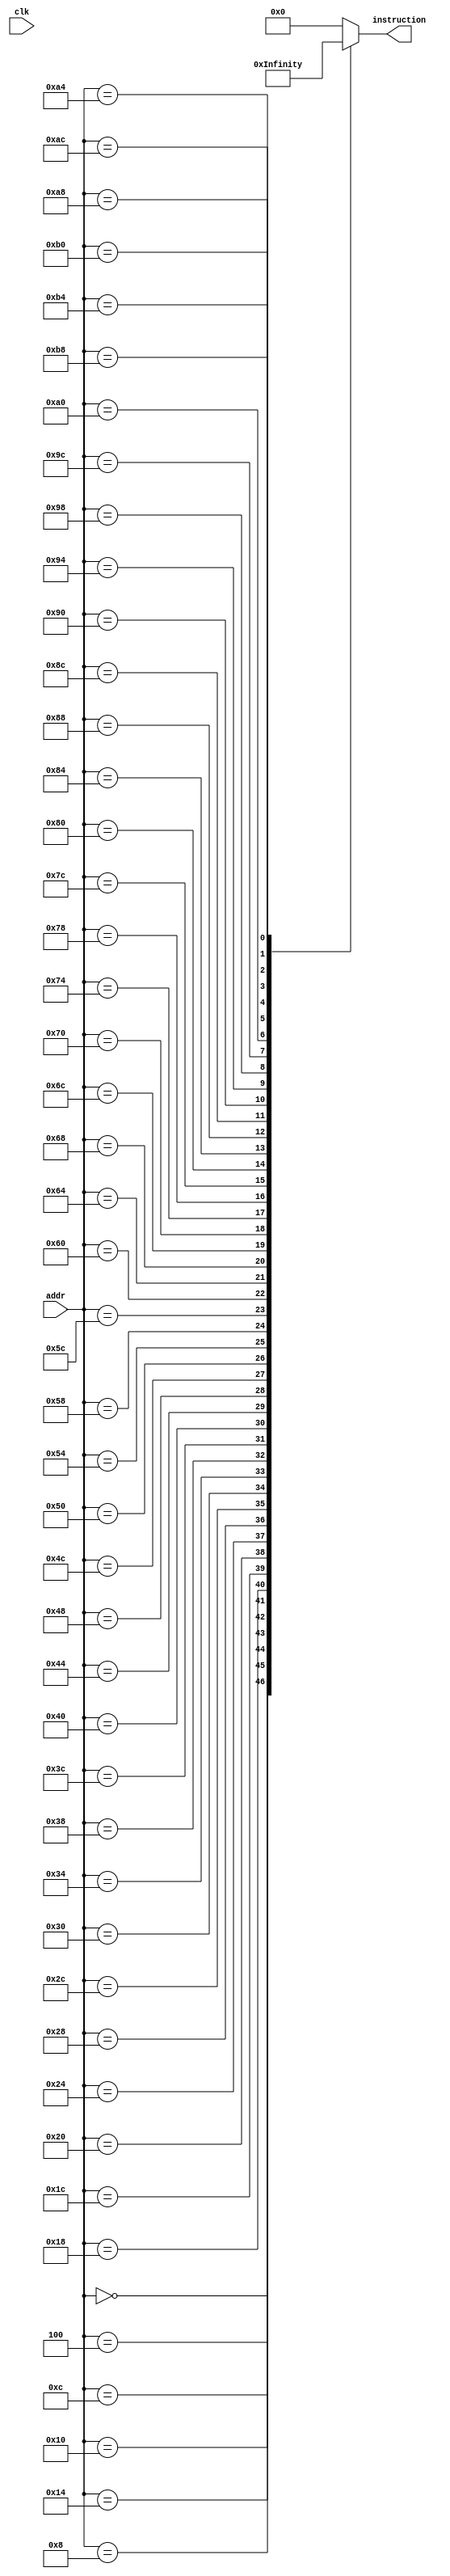
module instructionMem (input clk, input [31:0] addr, output reg [31:0] instruction/* = 32'b0*/);
  always@(*) begin
	case(addr)
		32'd0  : instruction <= 32'b11100011101000000000000000010100; 
        32'd4  : instruction <= 32'b11100011101000000001101000000001;
        32'd8  : instruction <= 32'b11100011101000000010000100000011;
        32'd12 : instruction <= 32'b11100000100100100011000000000010;
        32'd16 : instruction <= 32'b11100000101000000100000000000000;
        32'd20 : instruction <= 32'b11100000010001000101000100000100;
        32'd24 : instruction <= 32'b11100000110000000110000010100000;
        32'd28 : instruction <= 32'b11100001100001010111000101000010;
        32'd32 : instruction <= 32'b11100000000001111000000000000011;
        32'd36 : instruction <= 32'b11100001111000001001000000000110;
        32'd40 : instruction <= 32'b11100000001001001010000000000101;
        32'd44 : instruction <= 32'b11100001010110000000000000000110;
        32'd48 : instruction <= 32'b00010000100000010001000000000001;
        32'd52 : instruction <= 32'b11100001000110010000000000001000;
        32'd56 : instruction <= 32'b00000000100000100010000000000010;
        32'd60 : instruction <= 32'b11100011101000000000101100000001;
        32'd64 : instruction <= 32'b11100100100000000001000000000000;
        32'd68 : instruction <= 32'b11100100100100001011000000000000;
        32'd72 : instruction <= 32'b11100100100000000010000000000100; 
        32'd76 : instruction <= 32'b11100100100000000011000000001000;
        32'd80 : instruction <= 32'b11100100100000000100000000001101;
        32'd84 : instruction <= 32'b11100100100000000101000000010000;
        32'd88 : instruction <= 32'b11100100100000000110000000010100;
        32'd92 : instruction <= 32'b11100100100100001010000000000100;
        32'd96 : instruction <= 32'b11100100100000000111000000011000;
        32'd100: instruction <= 32'b11100011101000000001000000000100;
        32'd104: instruction <= 32'b11100011101000000010000000000000;
        32'd108: instruction <= 32'b11100011101000000011000000000000;
        32'd112: instruction <= 32'b11100000100000000100000100000011;
        32'd116: instruction <= 32'b11100100100101000101000000000000;
        32'd120: instruction <= 32'b11100100100101000110000000000100;
        32'd124: instruction <= 32'b11100001010101010000000000000110;
        32'd128: instruction <= 32'b11000100100001000110000000000000;
        32'd132: instruction <= 32'b11000100100001000101000000000100;
        32'd136: instruction <= 32'b11100010100000110011000000000001;
        32'd140: instruction <= 32'b11100011010100110000000000000011;
        32'd144: instruction <= 32'b10111010111111111111111111110111;
        32'd148: instruction <= 32'b11100010100000100010000000000001;
        32'd152: instruction <= 32'b11100001010100100000000000000001;
        32'd156: instruction <= 32'b10111010111111111111111111110011;
        32'd160: instruction <= 32'b11100100100100000001000000000000;
        32'd164: instruction <= 32'b11100100100100000010000000000100;
        32'd168: instruction <= 32'b11100100100100000011000000001000;
        32'd172: instruction <= 32'b11100100100100000100000000001100;
        32'd176: instruction <= 32'b11100100100100000101000000010000;
        32'd180: instruction <= 32'b11100100100100000110000000010100;
        32'd184: instruction <= 32'b11101010111111111111111111111111;
        default: instruction <= 32'b0;
      endcase
    end
endmodule